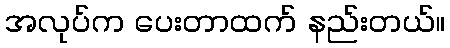
အလုပ်က ပေးတာထက် နည်းတယ်။